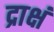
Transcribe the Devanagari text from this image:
द्राक्षं